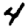
Digit: 4